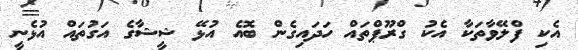
އެކި ފްލޭވާތަކާ އެކު ގްރޫޕްތައް ހަދައިގެން ބޮއެ އުޅޭ ޝީޝާގެ އަގުތައް އުޅެނީ